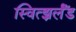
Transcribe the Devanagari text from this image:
स्वित्झ्रर्लँड